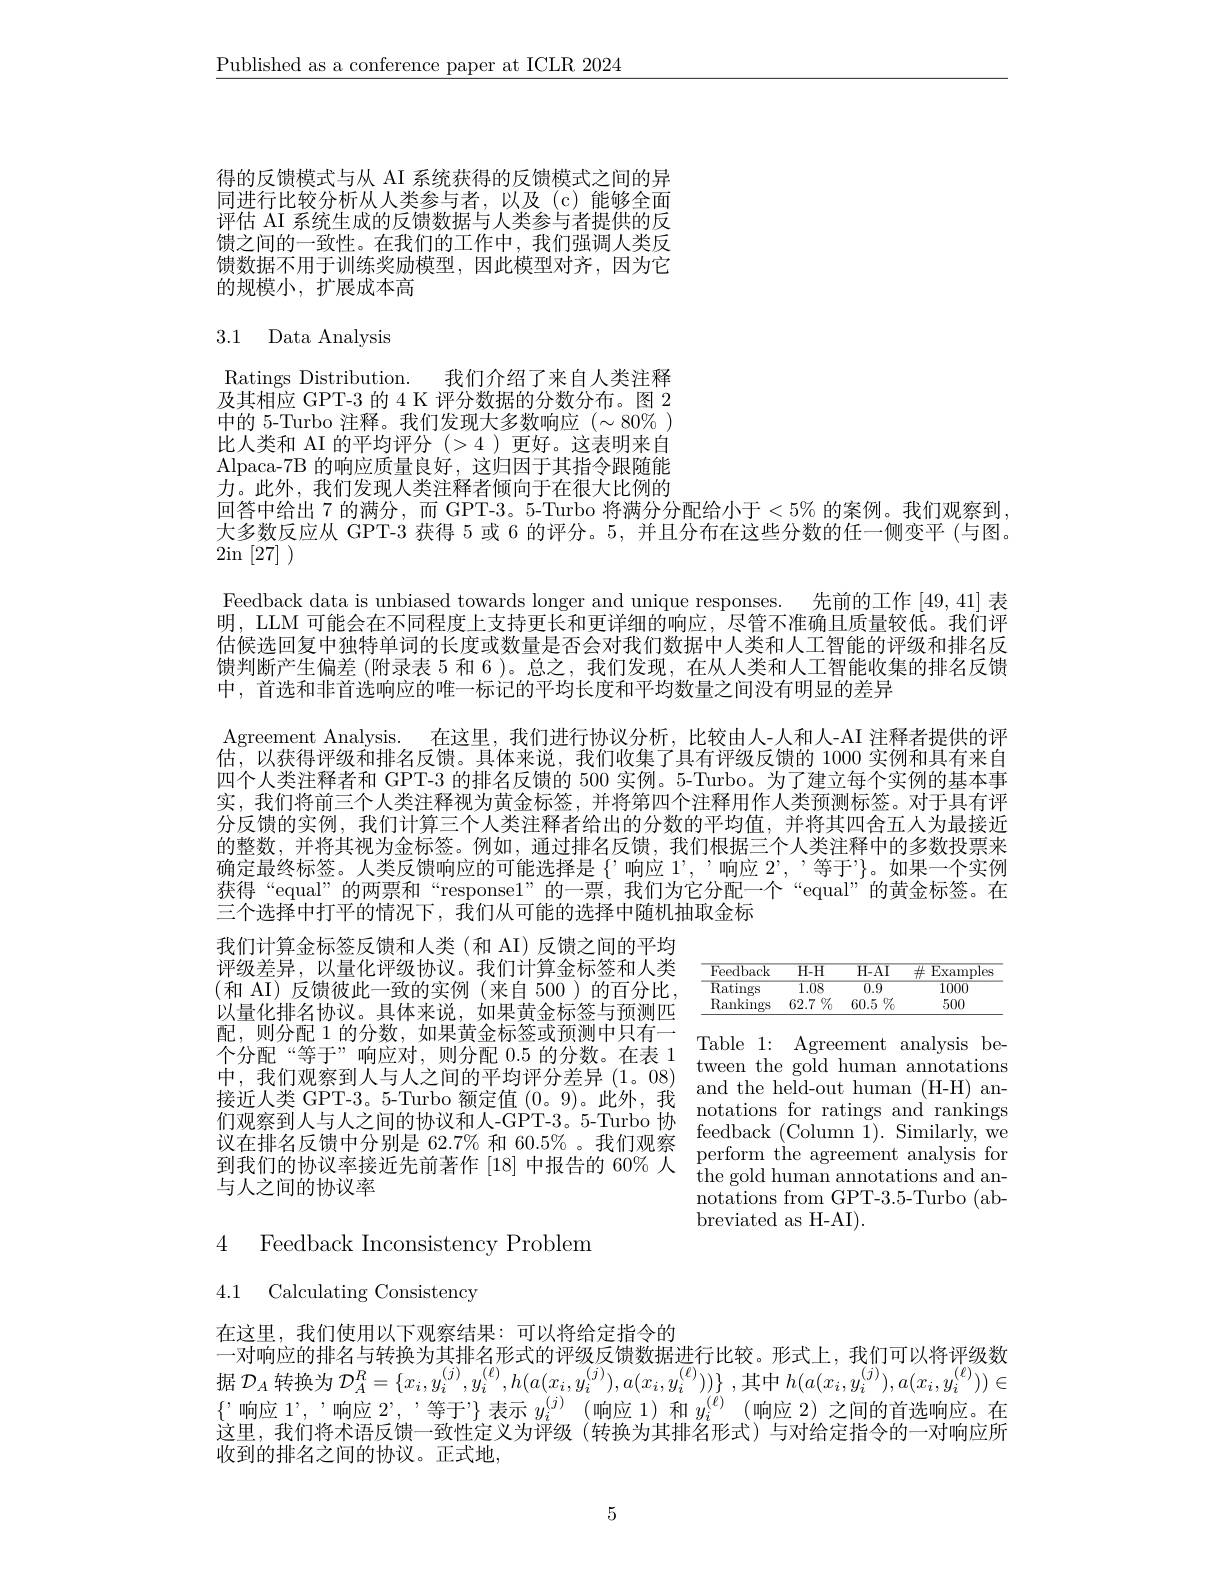
$\underline{\text{Published as a conference paper at ICLR 2024}}$

得的反馈模式与从 AI 系统获得的反馈模式之间的异同进行比较分析从人类参与者，以及(c)能够全面评估 AI 系统生成的反馈数据与人类参与者提供的反馈之间的一致性。在我们的工作中，我们强调人类反馈数据不用于训练奖励模型，因此模型对齐，因为它的规模小，扩展成本高

# 3.1 Data Analysis

Ratings Distribution. 我们介绍了来自人类注释及其相应 GPT-3 的 4 K 评分数据的分数分布。图 2中的 5-Turbo 注释。我们发现大多数响应$(\sim80\%)$ 比人类和 AI 的平均评分(>4)更好。这表明来自Alpaca-7B 的响应质量良好，这归因于其指令跟随能力。此外，我们发现人类注释者倾向于在很大比例的回答中给出 7 的满分，而 GPT-3。5-Turbo 将满分分配给小于$<5\%$ 的案例。我们观察到大多数反应从 GPT-3 获得 5 或 6 的评分。5, 并且分布在这些分数的任一侧变平 (与图。$\acute{2}$in$\left[\widetilde{27}\right])$
Feedback data is unbiased towards longer and unique responses. 先前的工作[49,41]表明，LLM 可能会在不同程度上支持更长和更详细的响应，尽管不准确且质量较低。我们评估候选回复中独特单词的长度或数量是否会对我们数据中人类和人工智能的评级和排名反馈判断产生偏差 (附录表 5 和 6 )。总之，我们发现，在从人类和人工智能收集的排名反馈中，首选和非首选响应的唯一标记的平均长度和平均数量之间没有明显的差异
Agreement Analysis. 在这里，我们进行协议分析，比较由人-人和人-AI 注释者提供的评估，以获得评级和排名反馈。具体来说，我们收集了具有评级反馈的 1000 实例和具有来自四个人类注释者和 GPT-3 的排名反馈的 500 实例。5-Turbo。为了建立每个实例的基本事实，我们将前三个人类注释视为黄金标签，并将第四个注释用作人类预测标签。对于具有评分反馈的实例，我们计算三个人类注释者给出的分数的平均值，并将其四舍五人为最接近的整数，并将其视为金标签。例如，通过排名反馈，我们根据三个人类注释中的多数投票来确定最终标签。人类反馈响应的可能选择是$\{$”响应$1^$, ’响应$2^$,等于”$\}$。如果一个实例获得“equal”的两票和“responsel”的一票，我们为它分配一个“equal”的黄金标签。在三个选择中打平的情况下，我们从可能的选择中随机抽取金标
我们计算金标签反馈和人类(和 AI) 反馈之间的平均

<table>
	<tbody>
		<tr>
			<th>Feedback</th>
			<th>$H-H$</th>
			<th>$H-AI$</th>
			<th>$\#$ $\operatorname{Examples}$</th>
		</tr>
		<tr>
			<td>$\operatorname{Ratings}$</td>
			<td>1.08</td>
			<td>$\overline{0.9}$</td>
			<td>$\overline{1000}$</td>
		</tr>
		<tr>
			<td>Rankings</td>
			<td>$62.7\%$</td>
			<td>$60.5\%$</td>
			<td>500</td>
		</tr>
	</tbody>
</table>

评级差异，以量化评级协议。我们计算金标签和人类(和 AI)反馈彼此一致的实例(来自 500)的百分比以量化排名协议。具体来说，如果黄金标签与预测匹配，则分配 1 的分数，如果黄金标签或预测中只有一个分配“等干”响应对 则分硬 0.5 的分数 在表 1 Table 1: Agreement analysis be- $\begin{aligned}&\text{个分配“等于”响应对，则分配 }0.5\text{ 的分数。在表 }1&\text{talle }1.&\text{Agtenlentu aldiyss be}\\&\text{中，我们观察到人与人之间的平均评分差异(1。08)}&\text{tween the gold human annotations}\\&\text{接近人类 GPT-3。5-Turbo 额定值 (0。9)。此外，我}&\text{and the heled-out human (H-H)}\\&\text{们观察到人与人之间的协议和人3PT-3,5-Turbo }\text{ notations for rati}\end{aligned}$ 与人之间的协议率

notations from GPT-3.5-Turbo (ab-
breviated as H-AI).

## 4 Feedback Inconsistency Problem

4.1 Calculating Consistency

在这里，我们使用以下观察结果：可以将给定指令的
一对响应的排名与转换为其排名形式的评级反馈数据进行比较。形式上，我们可以将评级数据$\mathcal{D}_{A}$转换为$\mathcal{D} _{A}^{R}= \{ x_{i}, y_{i}^{( j) }, y_{i}^{( \ell ) }, h( a( x_{i}, y_{i}^{( j) }) , a( x_{i}, y_{i}^{( \ell ) }) ) \}$ ,其中$h(a(x_{i},y_{i}^{(j)}),a(x_{i},y_{i}^{(\ell)}))\in$ $\{$'响应$1’,’响应~2’,’等于”\}$表示$y_i^{(j)}$ (响应1)和$y_i^{(\ell)}$ (响应 2)之间的首选响应。在这里，我们将术语反馈一致性定义为评级(转换为其排名形式)与对给定指令的一对响应所收到的排名之间的协议。正式地，

5